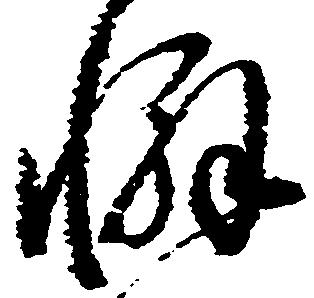
懈